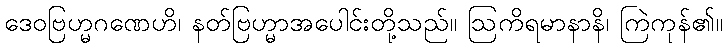
ဒေဝဗြဟ္မဂဏေဟိ၊ နတ်ဗြဟ္မာအပေါင်းတို့သည်။ ဩကိရမာနာနိ၊ ကြဲကုန်၏။